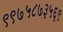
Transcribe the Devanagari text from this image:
९९७५८७३५६९